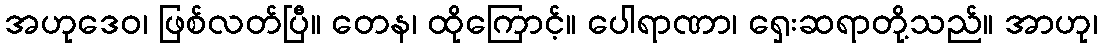
အဟုဒေဝ၊ ဖြစ်လတ်ပြီ။ တေန၊ ထိုကြောင့်။ ပေါရာဏာ၊ ရှေးဆရာတို့သည်။ အာဟု၊